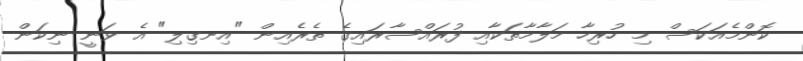
ކޮންމެއަކަސް މި ހުރިހާ މަލާމާތަކާއި ފުރައްސާރައިގެ ތެރެއިން "އިނގިލި" އެ ވަނީ ނިކަން